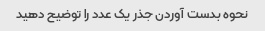
نحوه بدست آوردن جذر یک عدد را توضیح دهید